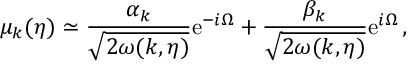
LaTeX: \mu _ { k } ( \eta ) \simeq \frac { \alpha _ { k } } { \sqrt { 2 \omega ( k , \eta ) } } \mathrm { e } ^ { - i \Omega } + \frac { \beta _ { k } } { \sqrt { 2 \omega ( k , \eta ) } } \mathrm { e } ^ { i \Omega } \, ,